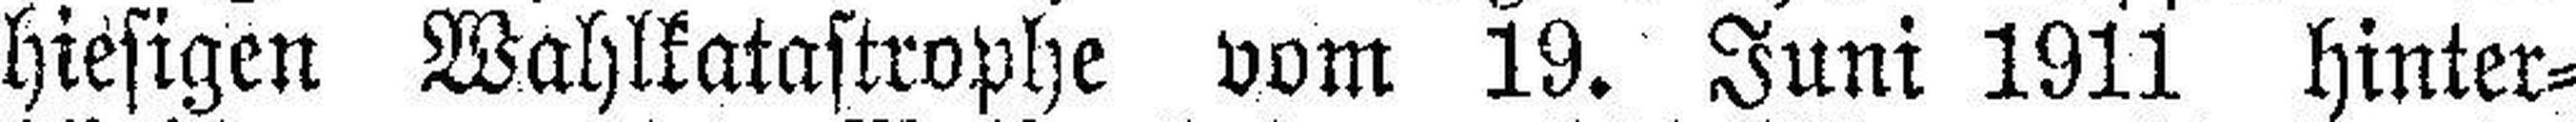
hiesigen Wahlkatastrophe vom 19. Juni 1911 Hinter¬